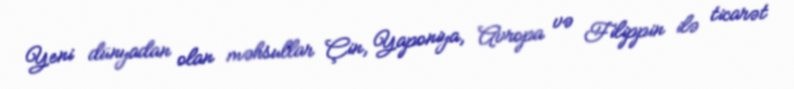
Yeni dünyadan olan məhsullar Çin, Yaponiya, Avropa və Filippin ilə ticarət